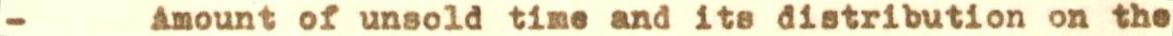
- Amount of unsold time and its distribution on the